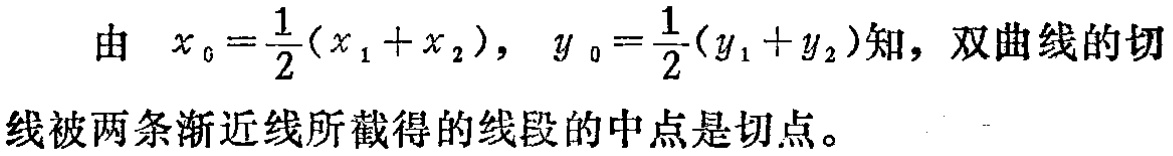
由 \(x_{0}=\frac{1}{2}(x_{1}+x_{2}),\ y_{0}=\frac{1}{2}(y_{1}+y_{2})\)知，双曲线的切线被两条渐近线所截得的线段的中点是切点。